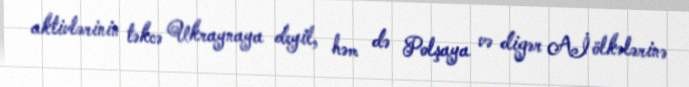
aktivlərinin təkcə Ukraynaya deyil, həm də Polşaya və digər Aİ ölkələrinə